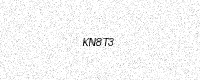
Text: KN8T3